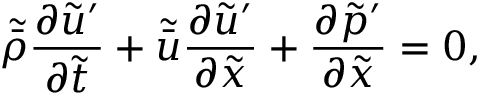
\tilde { \bar { \rho } } \ensuremath { \frac { \partial \tilde { u } ^ { \prime } } { \partial \tilde { t } } } + \tilde { \bar { u } } \ensuremath { \frac { \partial \tilde { u } ^ { \prime } } { \partial \tilde { x } } } + \ensuremath { \frac { \partial \tilde { p } ^ { \prime } } { \partial \tilde { x } } } = 0 ,